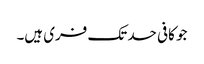
جو کافی حد تک فری ہیں۔